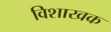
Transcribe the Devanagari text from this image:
विशाखक